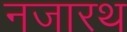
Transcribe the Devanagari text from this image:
नजारथ